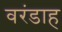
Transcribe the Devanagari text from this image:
वरंडाह